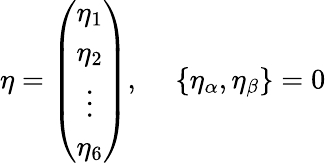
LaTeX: \eta=\left(\begin{array}{c}{{\eta_{1}}}\\ {{\eta_{2}}}\\ {{\vdots}}\\ {{\eta_{6}}}\end{array}\right),~~~~~\{ \eta_{\alpha},\eta_{\beta}\} =0